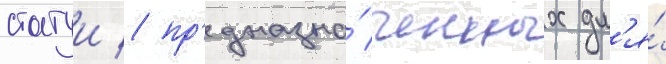
статуи / пр'едназна́ченных дл'я́